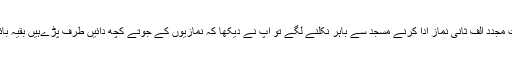
ایک مرتبہ حضرت مجدد الف ثانیؒ نماز ادا کرنے مسجد سے باہر نکلنے لگے تو آپ نے دیکھا کہ نمازیوں کے جوتے کچھ دائیں طرف پڑےہیں بقیہ بائیںطرف پڑے ہیں۔